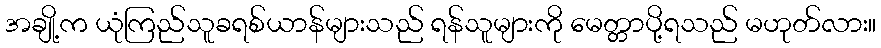
အချို့က ယုံကြည်သူခရစ်ယာန်များသည် ရန်သူများကို မေတ္တာပို့ရသည် မဟုတ်လား။